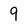
Character: 9